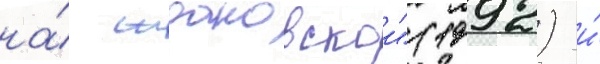
на́ ждановскои" (1992) и́